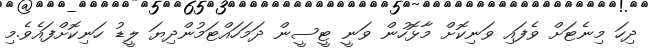
ދިހަ މިނެޓަށް ވެފައި ވަނިކޮށް މާޅޮހުން ވަނީ ޓީސީން ދަމަހައްޓަމުންދިޔަ ލީޑު ހަނިކޮށްފައެވެ.މި